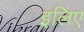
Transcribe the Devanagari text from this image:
इलिए